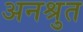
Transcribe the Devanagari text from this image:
अनश्रुत